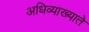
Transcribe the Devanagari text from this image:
अधिव्याख्याते